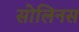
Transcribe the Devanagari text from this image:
सोलिनस